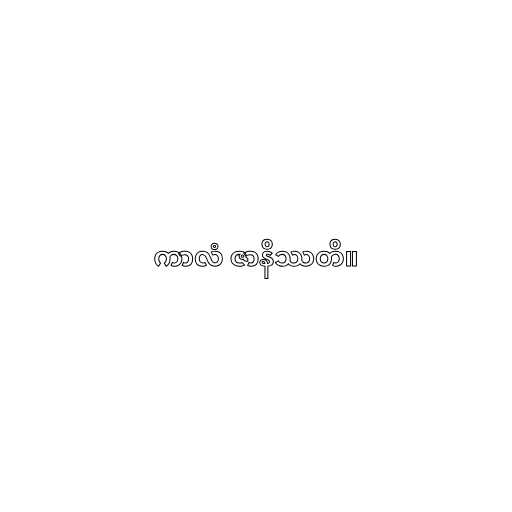
ကာလံ ဇာနိဿတိ။